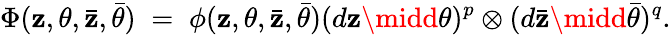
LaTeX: \Phi(\mathbf{z},\theta,\bar{{\mathbf{z}}},\bar{{\theta}})\; =\; \phi(\mathbf{z},\theta,\bar{{\mathbf{z}}},\bar{{\theta}})(d\mathbf{z}\midd\theta)^{p}\otimes(d\bar{{\mathbf{z}}}\midd\bar{{\theta}})^{q}.